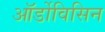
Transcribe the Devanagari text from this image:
ऑर्डोविसिन